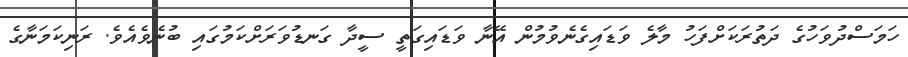
ހަމަސްދުވަހުގެ ދަތުރަކަށްފަހު މާލެ ވަޑައިގެނެވުމުން އޭނާ ވަޑައިގަތީ ސީދާ ގަނޑުވަރަށްކަމުގައި ބުނެވެއެވެ. ރަނިކަމަނާގެ